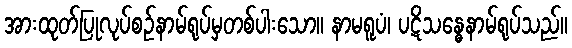
အားထုတ်ပြုလုပ်စဉ်နာမ်ရုပ်မှတစ်ပါးသော။ နာမရူပံ၊ ပဋိသန္ဓေနာမ်ရုပ်သည်။